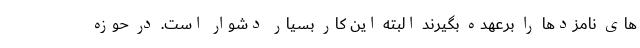
های نامزدها را برعهده بگیرند البته این کار بسیار دشوار است. در حوزه